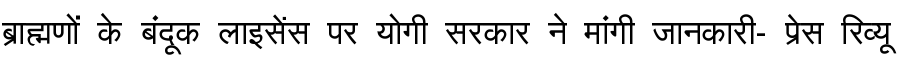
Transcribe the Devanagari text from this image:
ब्राह्मणों के बंदूक लाइसेंस पर योगी सरकार ने मांगी जानकारी- प्रेस रिव्यू